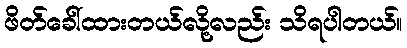
ဖိတ်ခေါ်ထားတယ်လို့လည်း သိရပါတယ်။